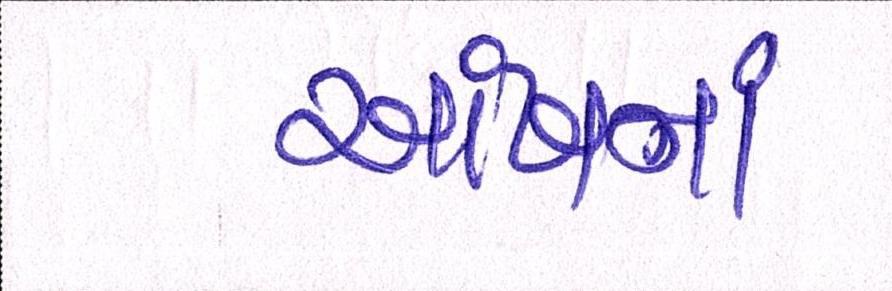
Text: આંખના